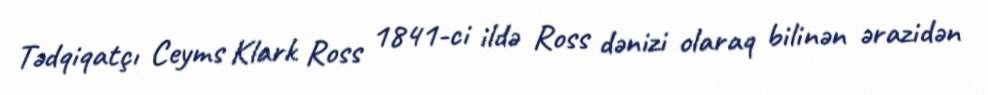
Tədqiqatçı Ceyms Klark Ross 1841-ci ildə Ross dənizi olaraq bilinən ərazidən